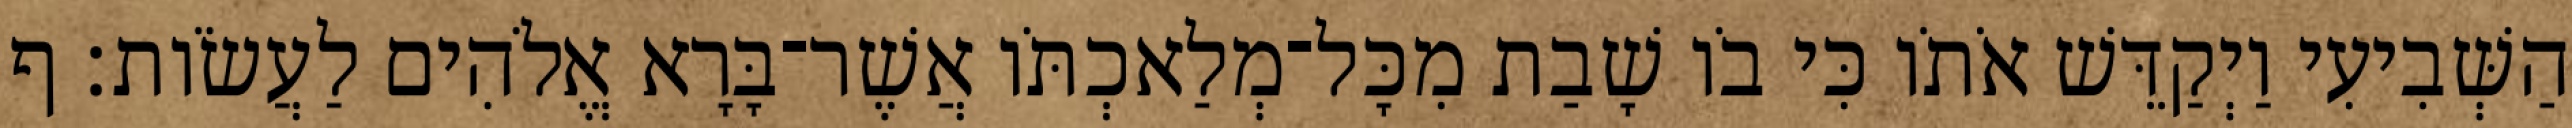
הַשְּׁבִיעִי וַיְקַדֵּשׁ אֹתֹו כִּי בֹו שָׁבַת מִכָּל־מְלַאכְתֹּו אֲשֶׁר־בָּרָא אֱלֹהִים לַעֲשֹׂות׃ ף